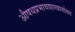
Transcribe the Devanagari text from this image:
औषधप्रभावशास्त्रासोबत